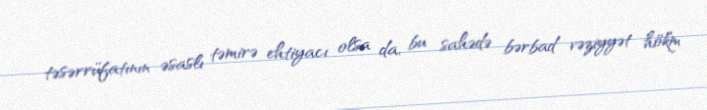
təsərrüfatının əsaslı təmirə ehtiyacı olsa da, bu sahədə bərbad vəziyyət hökm